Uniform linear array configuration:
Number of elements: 8
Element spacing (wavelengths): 0.75
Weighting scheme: cosine
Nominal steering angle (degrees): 45
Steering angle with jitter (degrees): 45.841
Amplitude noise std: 0.05
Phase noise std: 0.05

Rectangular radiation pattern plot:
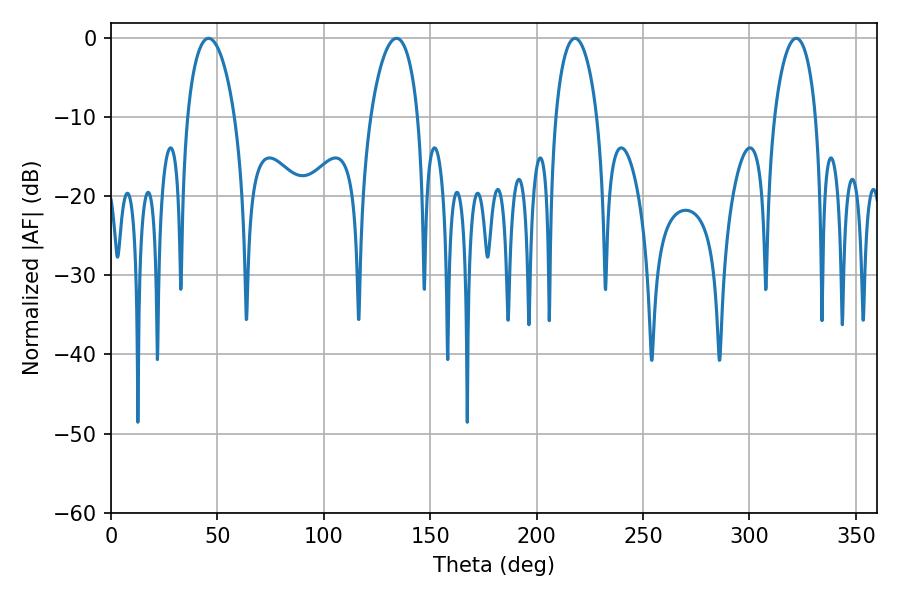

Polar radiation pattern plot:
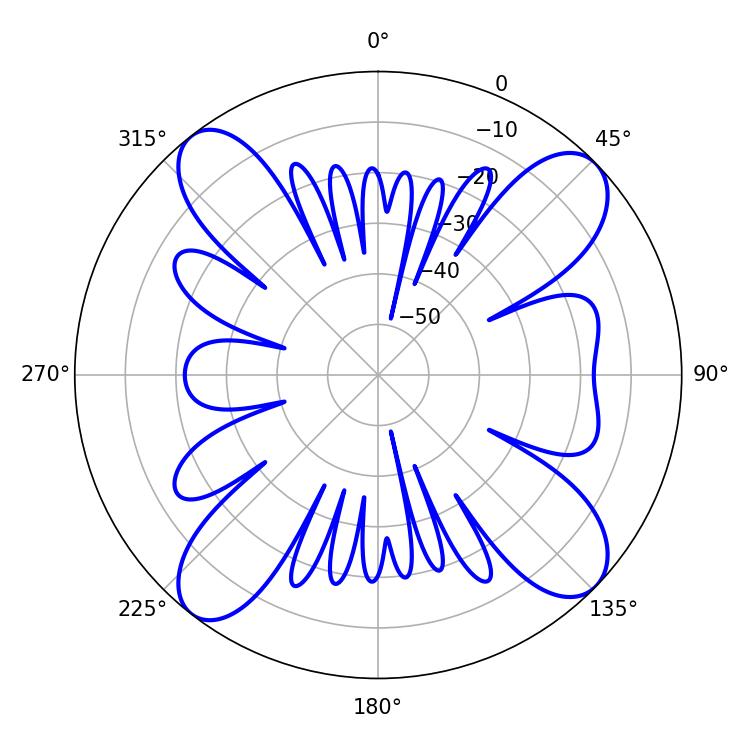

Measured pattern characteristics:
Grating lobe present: TRUE
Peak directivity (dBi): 13.482
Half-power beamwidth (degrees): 11.16
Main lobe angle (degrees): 217.98